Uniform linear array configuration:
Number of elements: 16
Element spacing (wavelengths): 0.5
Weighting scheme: cosine
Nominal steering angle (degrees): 60
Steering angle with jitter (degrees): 60.093
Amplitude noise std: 0.05
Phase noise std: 0.05

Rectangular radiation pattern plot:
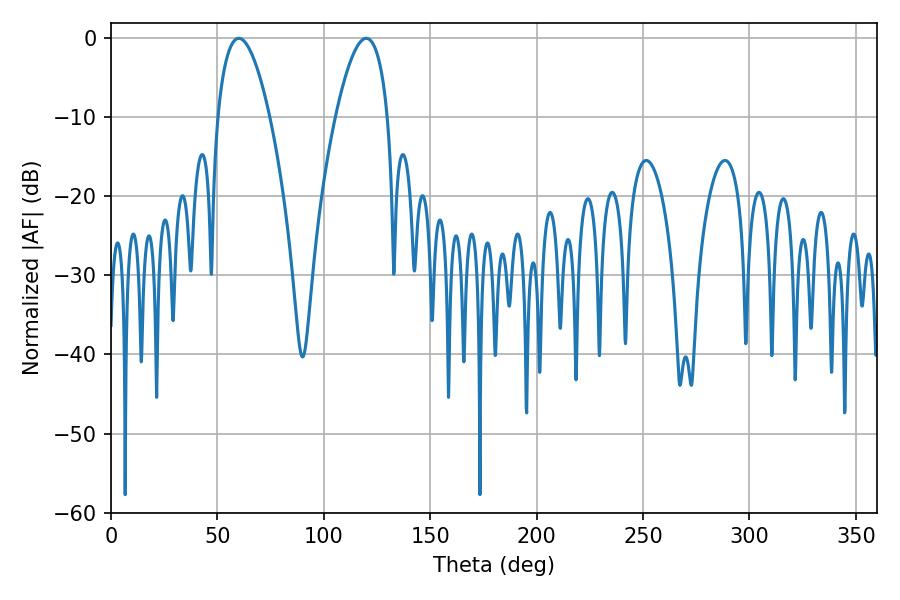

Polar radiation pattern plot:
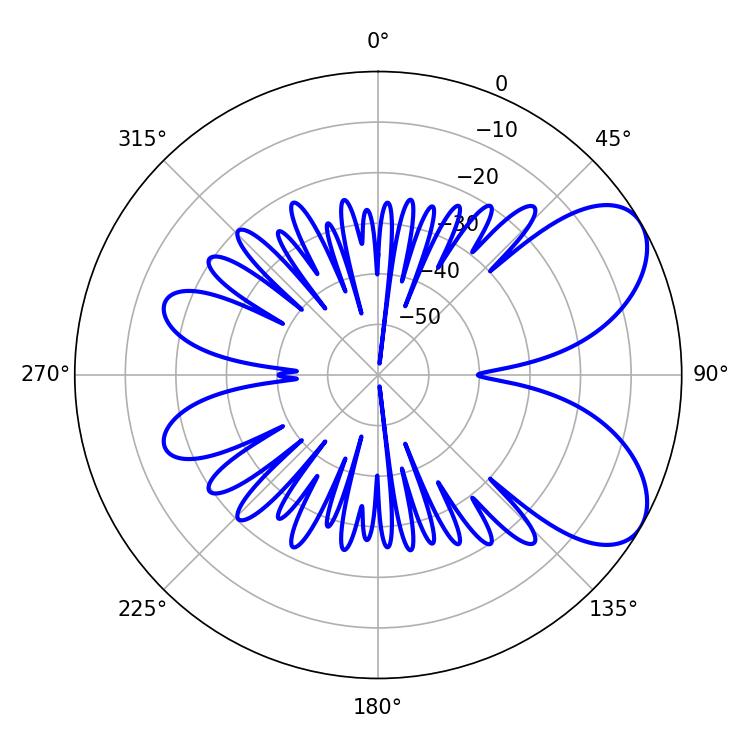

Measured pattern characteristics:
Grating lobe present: FALSE
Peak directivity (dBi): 6.67
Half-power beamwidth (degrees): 13.5
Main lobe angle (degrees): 60.12